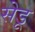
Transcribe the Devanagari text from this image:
सेडू